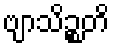
ဗျာသိဉ္စတိ